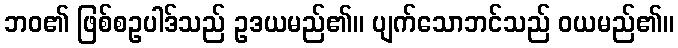
ဘဝ၏ ဖြစ်စဥပါဒ်သည် ဥဒယမည်၏။ ပျက်သောဘင်သည် ဝယမည်၏။